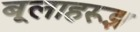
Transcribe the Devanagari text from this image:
बूलाहरूझ